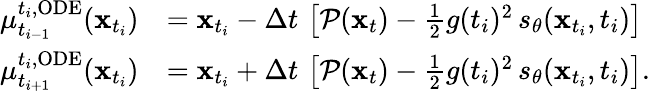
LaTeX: \begin{array}{rl}{\mu_{t_{i-1}}^{t_{i},\mathrm{ODE}}(\mathbf{x}_{t_{i}})}&{=\mathbf{x}_{t_{i}}-\Delta t\, \left[\mathcal{P}(\mathbf{x}_{t})-\frac{1}{2}g(t_{i})^{2}\, s_{\theta}(\mathbf{x}_{t_{i}},t_{i})\right]}\\ {\mu_{t_{i+1}}^{t_{i},\mathrm{ODE}}(\mathbf{x}_{t_{i}})}&{=\mathbf{x}_{t_{i}}+\Delta t\, \left[\mathcal{P}(\mathbf{x}_{t})-\frac{1}{2}g(t_{i})^{2}\, s_{\theta}(\mathbf{x}_{t_{i}},t_{i})\right].}\end{array}